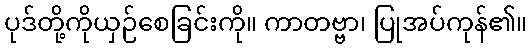
ပုဒ်တို့ကိုယှဉ်စေခြင်းကို။ ကာတဗ္ဗာ၊ ပြုအပ်ကုန်၏။